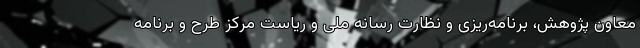
معاون پژوهش، برنامه‌ریزی و نظارت رسانه ملی و ریاست مرکز طرح و برنامه